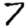
Digit: 7